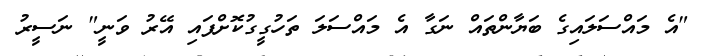
"އެ މައްސަލައިގެ ބަޔާންތައް ނަގާ އެ މައްސަލަ ތަހުގީގުކޮށްފައި އޭރު ވަނީ" ނަސީރު